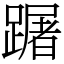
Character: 䠧